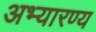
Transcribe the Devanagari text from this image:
अभ्यारण्‍य